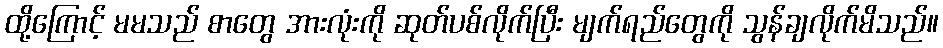
ထို့ကြောင့် မမသည် စာတွေ အားလုံးကို ဆုတ်ပစ်လိုက်ပြီး မျက်ရည်တွေကို သွန်ချလိုက်မိသည်။